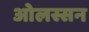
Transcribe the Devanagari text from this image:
ओलस्सन